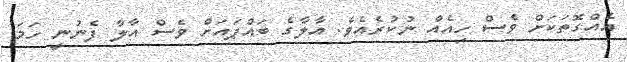
އެއްގޮތަކަށް ވެސް ހިއެއް ނުކުރެއެވެ. އާލާގެ ބައްޕައަށް ވެސް އާލާ ފެނުނީ ހަމަ